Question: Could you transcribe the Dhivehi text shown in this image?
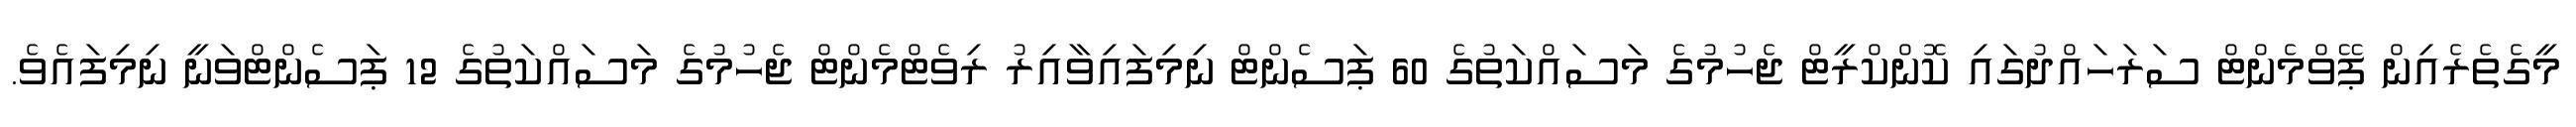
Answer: މީގެތެރެއިން ޕޭވްމެންޓް ސަރަހައްދުގައި ކޮންކްރީޓް ޖެހުމުގެ މަސައްކަތުގެ 60 ޕަސެންޓް ނިމިފައިވާއިރު ރިވެޓްމެންޓް ޖެހުމުގެ މަސައްކަތުގެ 12 ޕަސެންޓްވަނީ ނިމިފައެވެ.